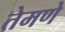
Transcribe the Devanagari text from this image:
तेमणे